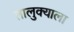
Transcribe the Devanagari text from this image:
तालुक्‍याला